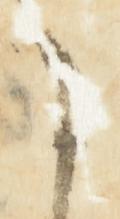
に